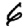
Digit: 6